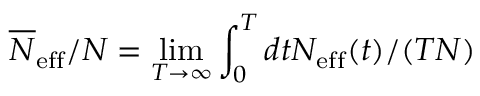
\overline { { N } } _ { \mathrm { e f f } } / N = \operatorname* { l i m } _ { T \rightarrow \infty } \int _ { 0 } ^ { T } d t N _ { \mathrm { e f f } } ( t ) / ( T N )